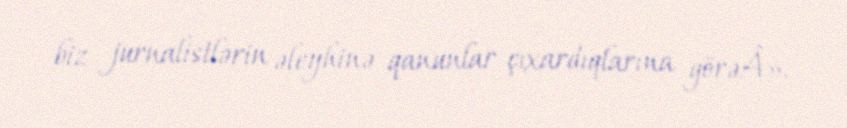
biz jurnalistlərin əleyhinə qanunlar çıxardıqlarına görəÂ».